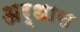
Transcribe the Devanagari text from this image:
अर्धास